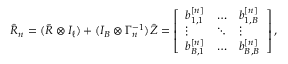
\begin{array} { r } { \hat { R } _ { n } = ( \bar { R } \otimes I _ { \ell } ) + ( I _ { B } \otimes \Gamma _ { n } ^ { - 1 } ) \hat { Z } = \left[ \begin{array} { l l l } { b _ { 1 , 1 } ^ { [ n ] } } & { \dotsc } & { b _ { 1 , B } ^ { [ n ] } } \\ { \vdots } & { \ddots } & { \vdots } \\ { b _ { B , 1 } ^ { [ n ] } } & { \dotsc } & { b _ { B , B } ^ { [ n ] } } \end{array} \right] , } \end{array}